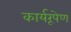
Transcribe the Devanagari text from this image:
कार्यरूपेण